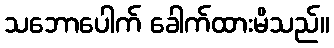
သဘောပေါက် ခေါက်ထားမိသည်။